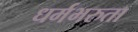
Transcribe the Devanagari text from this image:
धर्मभरुता